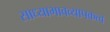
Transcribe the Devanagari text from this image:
साध्याभावव्यापकत्व